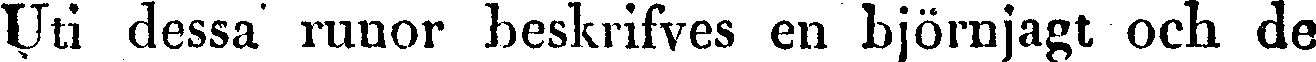
Uti dessa runor beskrifves en björnjagt och de